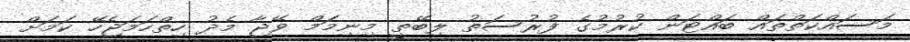
މަސައްކަތްތައް ބައްޓަން ކުރުމުގެ ފުރުސަތު ލިބޭތީ މިނިމަމް ވޭޖާ މެދު ހިތްހަމަޖެހޭ ކަމަށް